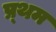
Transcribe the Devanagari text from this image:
प्र्थम